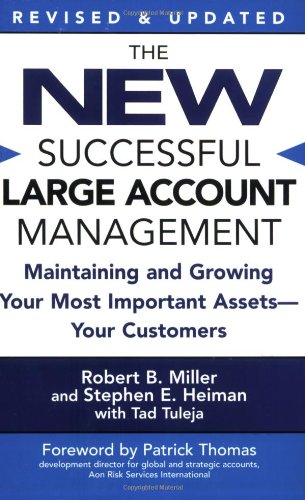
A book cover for The New Successful Large Account Management: Maintaining and Growing Your Most Important Assets -- Your Customers; Robert B. Miller; Business & Money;